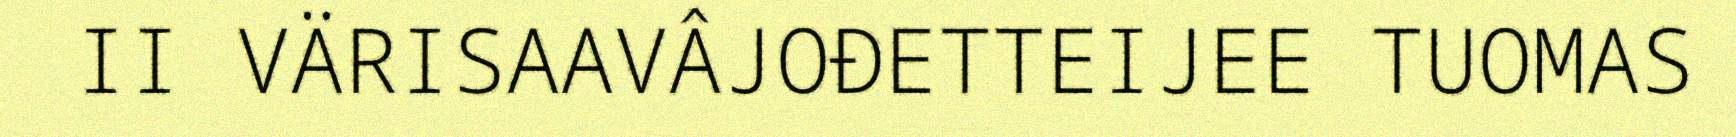
II VÄRISAAVÂJOĐETTEIJEE TUOMAS